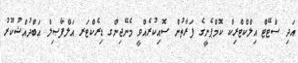
އަދި ސްޓޭޓް އިލްކްޓްރިކް ކޮމްޕެނީގެ ފަރާތުން ސޮއިކުރެއްވީ މެނޭޖިންގ ޑިރެކްޓަރ އަލްފާޞިލް އަބްދުއްޝުކޫރު